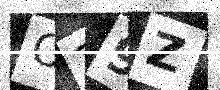
Text: O29Z